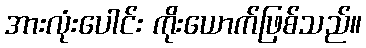
အားလုံးပေါင်း ကိုးယောက်ဖြစ်သည်။